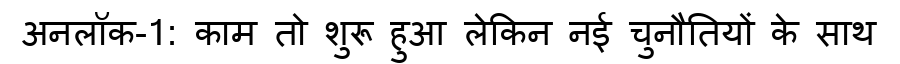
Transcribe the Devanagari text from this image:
अनलॉक-1: काम तो शुरू हुआ लेकिन नई चुनौतियों के साथ